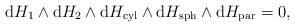
\begin{gather*}\mathrm{d} H_1 \wedge\mathrm{d} H_2\wedge\mathrm{d} H_{\rm cyl} \wedge \mathrm{d} H_{\rm sph}\wedge \mathrm{d} H_{\rm par}=0 ,\end{gather*}